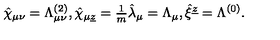
\hat { \chi } _ { \mu \nu } = \Lambda _ { \mu \nu } ^ { ( 2 ) } , \hat { \chi } _ { \mu \underline { { z } } } = { \textstyle \frac { 1 } { m } } \hat { \lambda } _ { \mu } = \Lambda _ { \mu } , \hat { \xi } ^ { \underline { { z } } } = \Lambda ^ { ( 0 ) } .